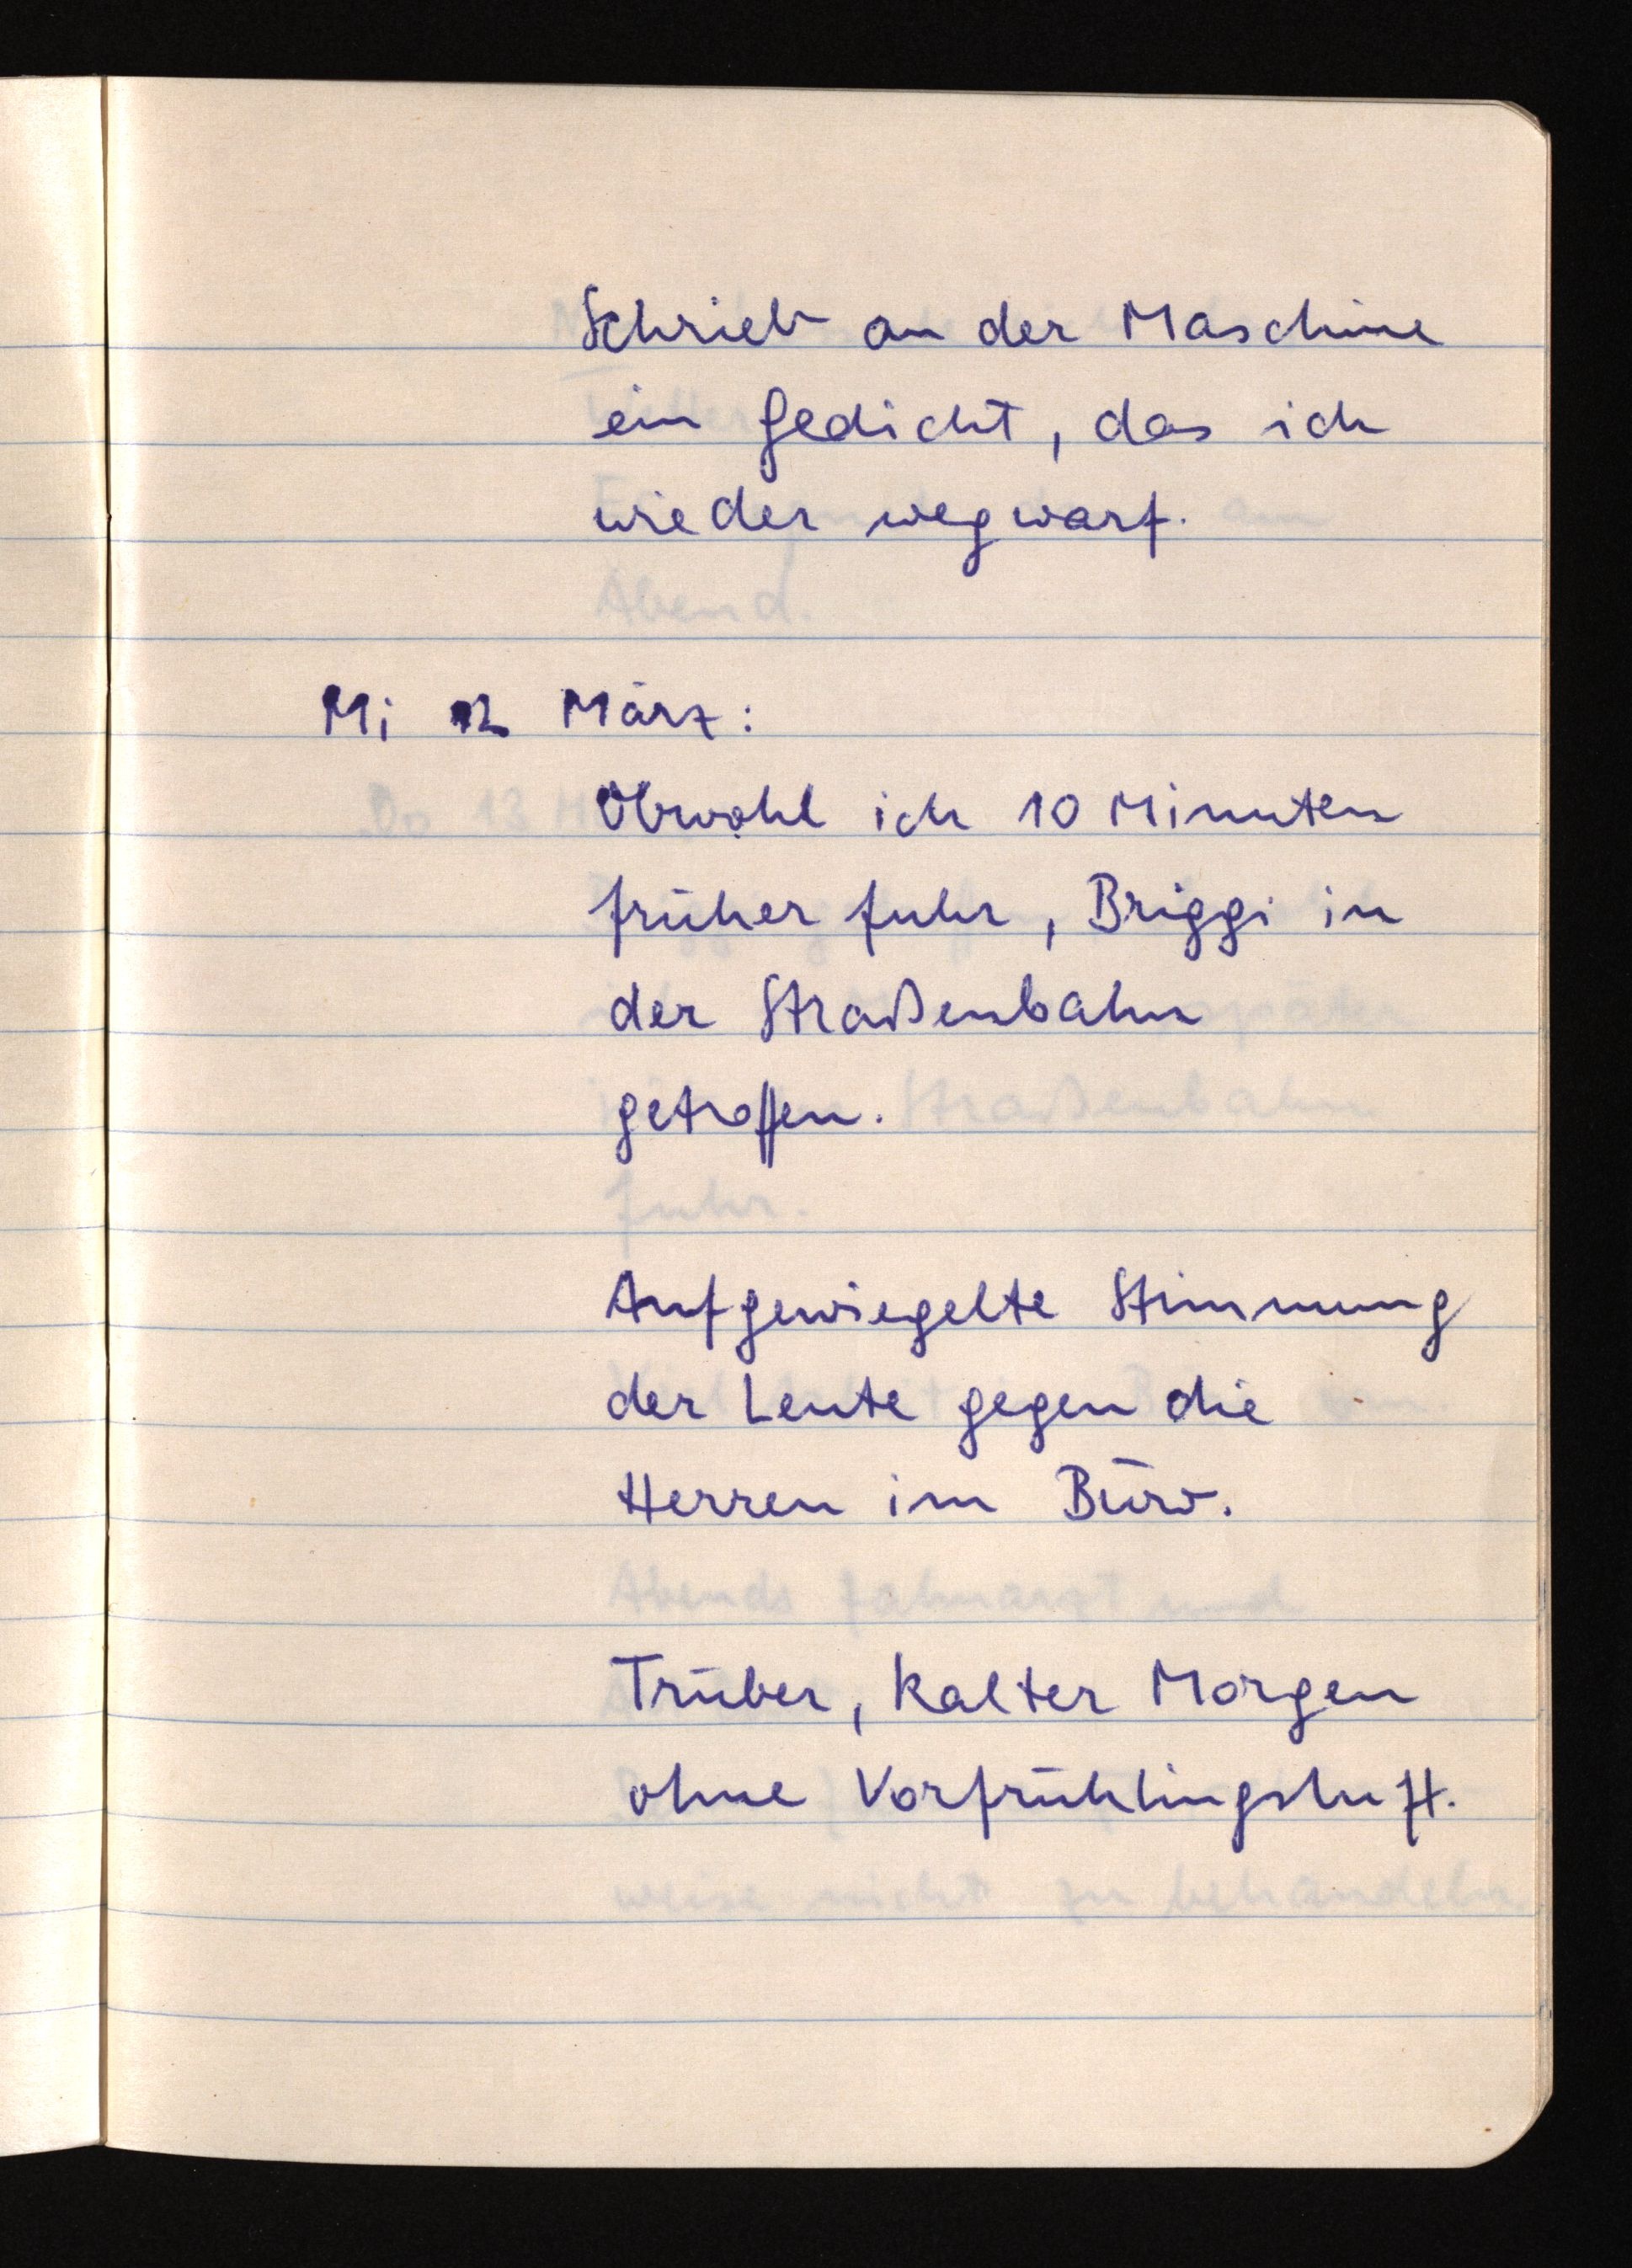
Schrieb an der Maschine
ein Gedicht, das ich
wieder wegwarf.
Mi 12 März:
Obwohl ich 10 Minuten
früher fuhr, Briggi in
der Straßenbahn
getroffen.
Aufgewiegelte Stimmung
der Leute gegen die
Herren im Büro.
Trüber, kalter Morgen
ohne Vorfrühlingsluft.